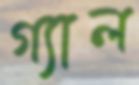
গ্যাল